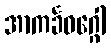
အာကင်္ခဝဂ္ဂေါ